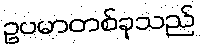
ဥပမာတစ်ခုသည်